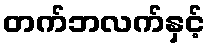
တက်ဘလက်နှင့်